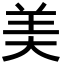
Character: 美